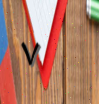
٧